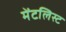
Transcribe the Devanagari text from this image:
मेंटलिस्ट